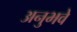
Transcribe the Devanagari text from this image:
अनुभवे